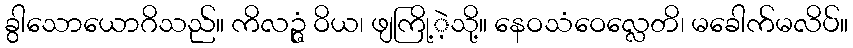
ခွါသောယောဂိသည်။ ကိလဉ္ဇံ ဝိယ၊ ဖျကြို့ဲ့သို့။ နေဝသံဝေလ္လေတိ၊ မခေါက်မလိပ်။